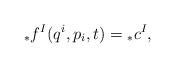
LaTeX: \begin{align*}{_{*}f^{I}}(q^{i},p_{i},t)={_{*}c}^{I},\end{align*}